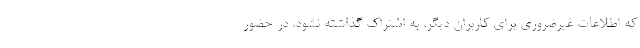
که اطلاعات غیرضروری برای کاربران دیگر، به اشتراک گذاشته نشود. در حضور